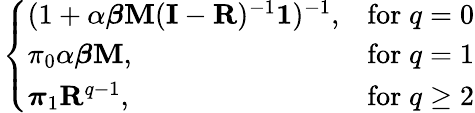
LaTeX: \! \! \! \! \! \! \! \! \! \! \! \! \boldsymbol{\pi}_{q}\! =\! \left\{ \begin{array}{ll}{(1+\alpha\boldsymbol{\beta}\mathbf{M}(\mathbf{I}-\mathbf{R})^{-1}\mathbf{1})^{-1},}&{\mathrm{for}\; q=0}\\ {\pi_{0}\alpha\boldsymbol{\beta}\mathbf{M},}&{\mathrm{for}\; q=1}\\ {\boldsymbol{\pi}_{1}\mathbf{R}^{q-1},}&{\mathrm{for}\; q\geq 2}\end{array}\right.